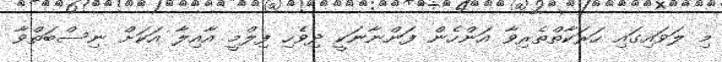
މި ލަވައިގައި ހަރަކާތްތެރިވާ އަންހެން ފަންނާނަކީ ދިވެހި ފިލްމީ އާއިލާ އަކަށް ނިސްބަތްވާ